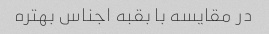
در مقایسه با بقبه اجناس بهتره